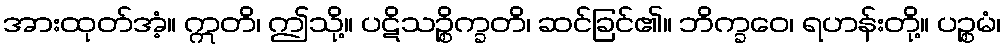
အားထုတ်အံ့။ ဣတိ၊ ဤသို့။ ပဋိသဉ္စိက္ခတိ၊ ဆင်ခြင်၏။ ဘိက္ခဝေ၊ ရဟန်းတို့။ ပဉ္စမံ၊